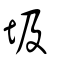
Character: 圾